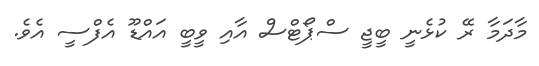
މާދަމާ ރޭ ކުޅެނީ ބީޖީ ސްޕޯޓްސް އާއި ވީބީ އައްޑޫ އެފްސީ އެވެ.